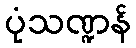
ပုံသဏ္ဍန်